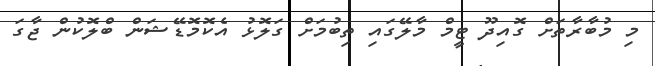
މި މުބާރާތަށް ގޮއިދޫ ޓީމް މާލޭގައި ތިބުމަށް ގަލޮޅު އެކޮމޮޑޭޝަން ބްލޮކުން ޖާގަ